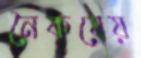
নৈকষেয়